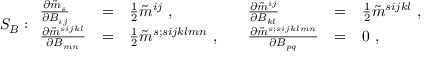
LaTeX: S _ { B } : \begin{array} { l l l l l l } { { \frac { \partial \tilde { m } _ { s } } { \partial B _ { i j } } } } & { { = } } & { { \frac { 1 } { 2 } \tilde { m } ^ { i j } \ , \quad } } & { { \frac { \partial \tilde { m } ^ { i j } } { \partial B _ { k l } } } } & { { = } } & { { \frac { 1 } { 2 } \tilde { m } ^ { s i j k l } \ , \quad } } \\ { { \frac { \partial \tilde { m } ^ { s i j k l } } { \partial B _ { m n } } } } & { { = } } & { { \frac { 1 } { 2 } \tilde { m } ^ { s ; s i j k l m n } \ , \quad } } & { { \frac { \partial \tilde { m } ^ { s ; s i j k l m n } } { \partial B _ { p q } } } } & { { = } } & { { 0 \ , \quad } } \end{array}